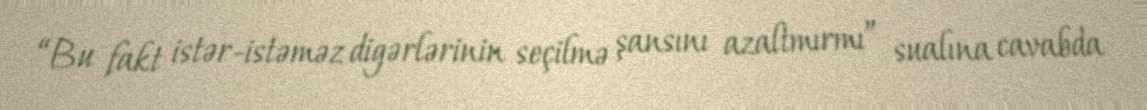
“Bu fakt istər-istəməz digərlərinin seçilmə şansını azaltmırmı” sualına cavabda